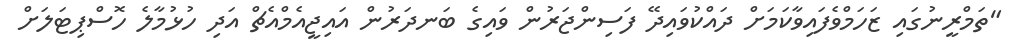
"ތަމްރީނުގައި ޒަހަމްވެފައިވާކަމަށް ދައްކުވައިދޭ ފަސިންޖަރުން ވައިގެ ބަނދަރުން އައިޖީއެމްއެޗް އަދި ހުޅުމާލެ ހޮސްޕިޓަލަށް